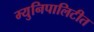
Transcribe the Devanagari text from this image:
म्युनिपालिटीत